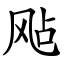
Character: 飐